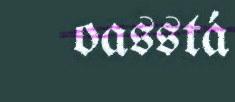
oasstá